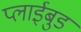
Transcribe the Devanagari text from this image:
प्लाईबुड